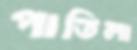
পাতিলা